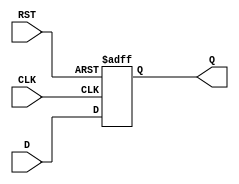
module IntermediateRegister (
    input wire D,        // Data Input
    input wire CLK,      // Clock
    input wire RST,      // Reset
    output reg Q         // Data Output
);

// Asynchronous reset functionality
always @(posedge CLK or posedge RST) begin
    if (RST) begin
        Q <= 1'b0;      // Reset the register to 0
    end else begin
        Q <= D;         // Capture the input data on the rising edge of the clock
    end
end

endmodule